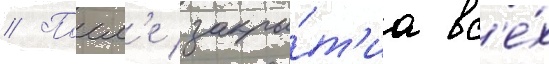
// Посл'е закры́т'иа вс'е́х